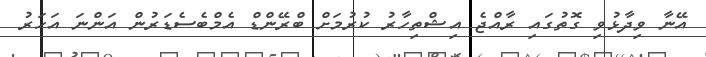
އޭނާ ވިދާޅުވި ގޮތުގައި ރާއްޖެ އިޝްތިހާރު ކުރުމަށް ބްރޭންޑް އެމްބެސެޑަރުން އަންނަ އަހަރު